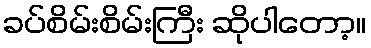
ခပ်စိမ်းစိမ်းကြီး ဆိုပါတော့။